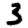
Digit: 3